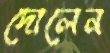
দোলেন